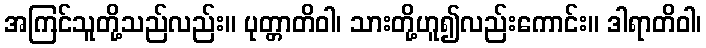
အကြင်သူတို့သည်လည်း။ ပုတ္တာတိဝါ၊ သားတို့ဟူ၍လည်းကောင်း။ ဒါရာတိဝါ၊